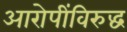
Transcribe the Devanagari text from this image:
आरोपींविरुद्ध